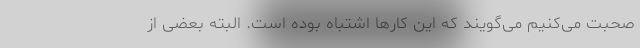
صحبت می‌کنیم می‌گویند که این کارها اشتباه بوده است. البته بعضی از